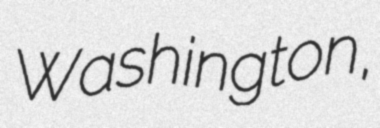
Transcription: Washington,